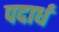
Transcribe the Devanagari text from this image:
पदार्ध